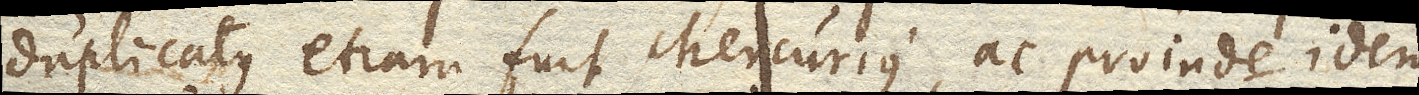
duplicatus etiam fuit Mercurius, ac proinde idem